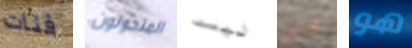
فئات المتحولون ليست هي هو